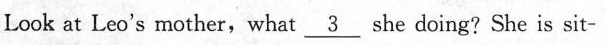
Look at Leo's mother,what \underline{3}she doing? She is sit-